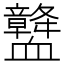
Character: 𧗛